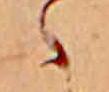
ゝ